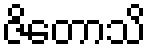
ဇိတောသိ